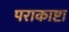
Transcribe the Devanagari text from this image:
पराकाष्टा